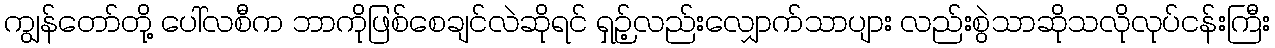
ကျွန်တော်တို့ ပေါ်လစီက ဘာကိုဖြစ်စေချင်လဲဆိုရင် ရှဉ့်လည်းလျှောက်သာပျား လည်းစွဲသာဆိုသလိုလုပ်ငန်းကြီး